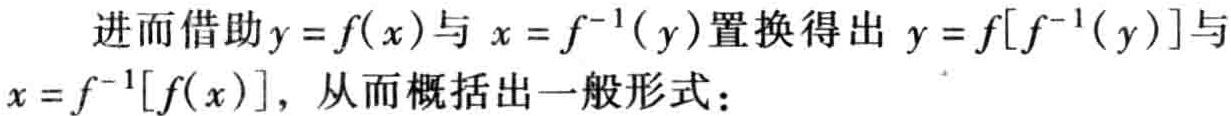
进而借助\(y = f(x)\)与 \(x = f^{-1}(y)\)置换得出 \(y = f[f^{-1}(y)]\)与\(x = f^{-1}[f(x)]\)，从而概括出一般形式：